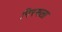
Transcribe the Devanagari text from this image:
निरमला